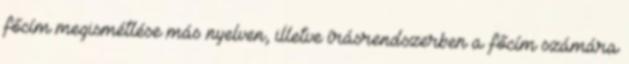
főcím megismétlése más nyelven, illetve írásrendszerben a főcím számára